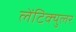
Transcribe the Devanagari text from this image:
लेंटिक्युलर